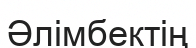
Әлімбектің